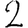
Digit: 2